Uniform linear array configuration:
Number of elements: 4
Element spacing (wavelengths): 0.25
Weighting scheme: binomial
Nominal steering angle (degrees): -45
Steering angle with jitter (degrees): -46.506
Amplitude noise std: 0.05
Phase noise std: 0.05

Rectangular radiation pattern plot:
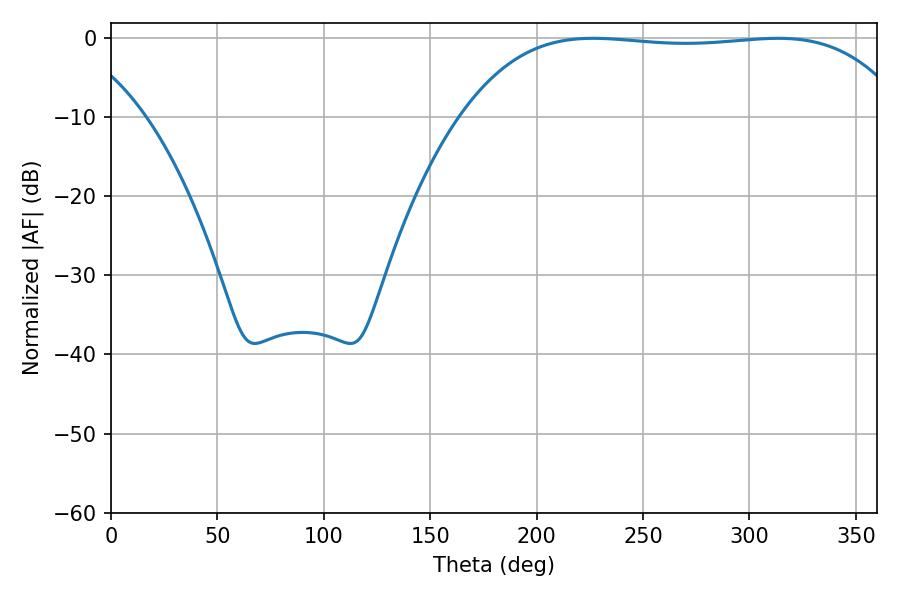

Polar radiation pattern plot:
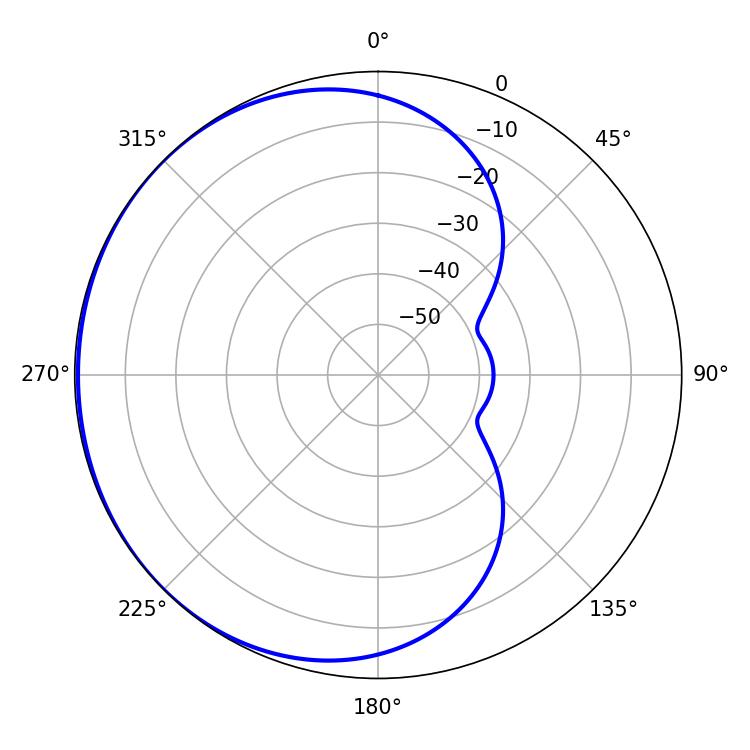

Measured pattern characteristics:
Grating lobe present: FALSE
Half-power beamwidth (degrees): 163.8
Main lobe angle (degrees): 226.62